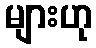
များဟု